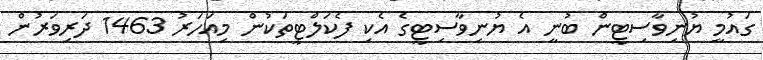
ގައުމީ ޔުނިވާސިޓީން ބުނީ އެ ޔުނިވާސިޓީގެ އެކި ފެކަލްޓީތަކުން މިއަހަރު 1463 ދަރިވަރުން